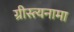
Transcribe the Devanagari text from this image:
ग्रीस्त्यनामा